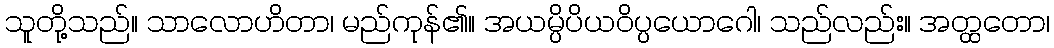
သူတို့သည်။ သာလောဟိတာ၊ မည်ကုန်၏။ အယမ္ပိပိယဝိပ္ပယောဂေါ၊ သည်လည်း။ အတ္ထတော၊